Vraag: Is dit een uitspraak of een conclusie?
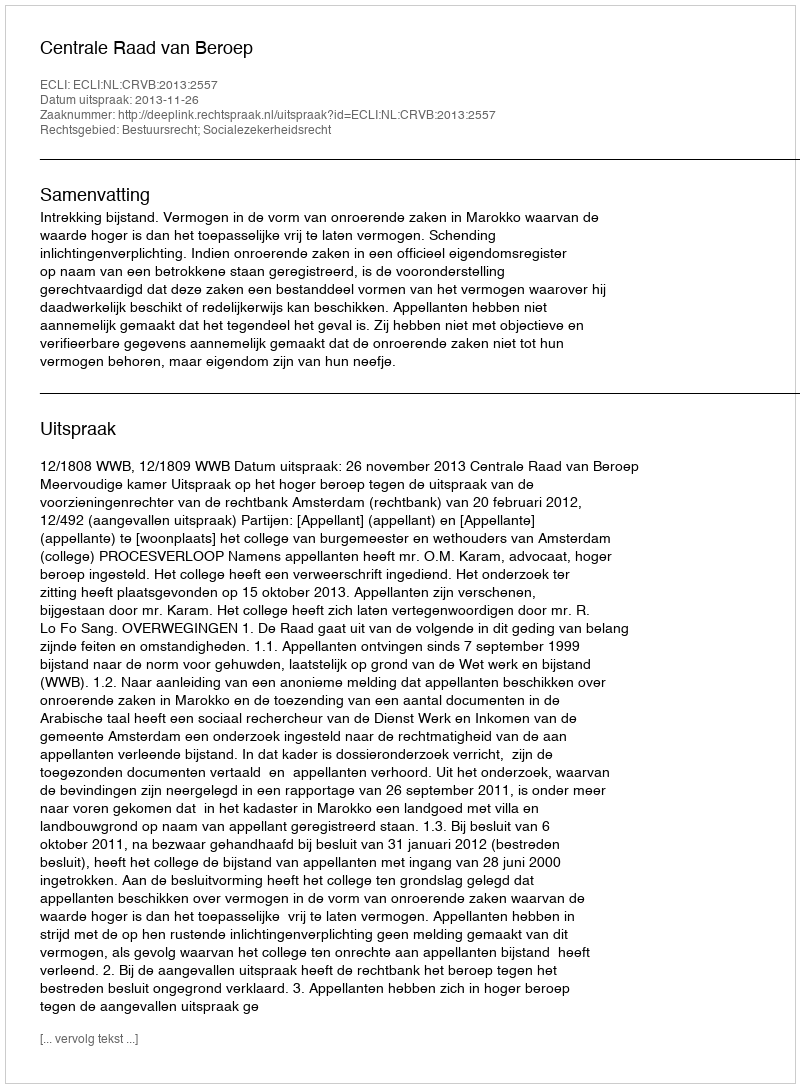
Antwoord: Uitspraak